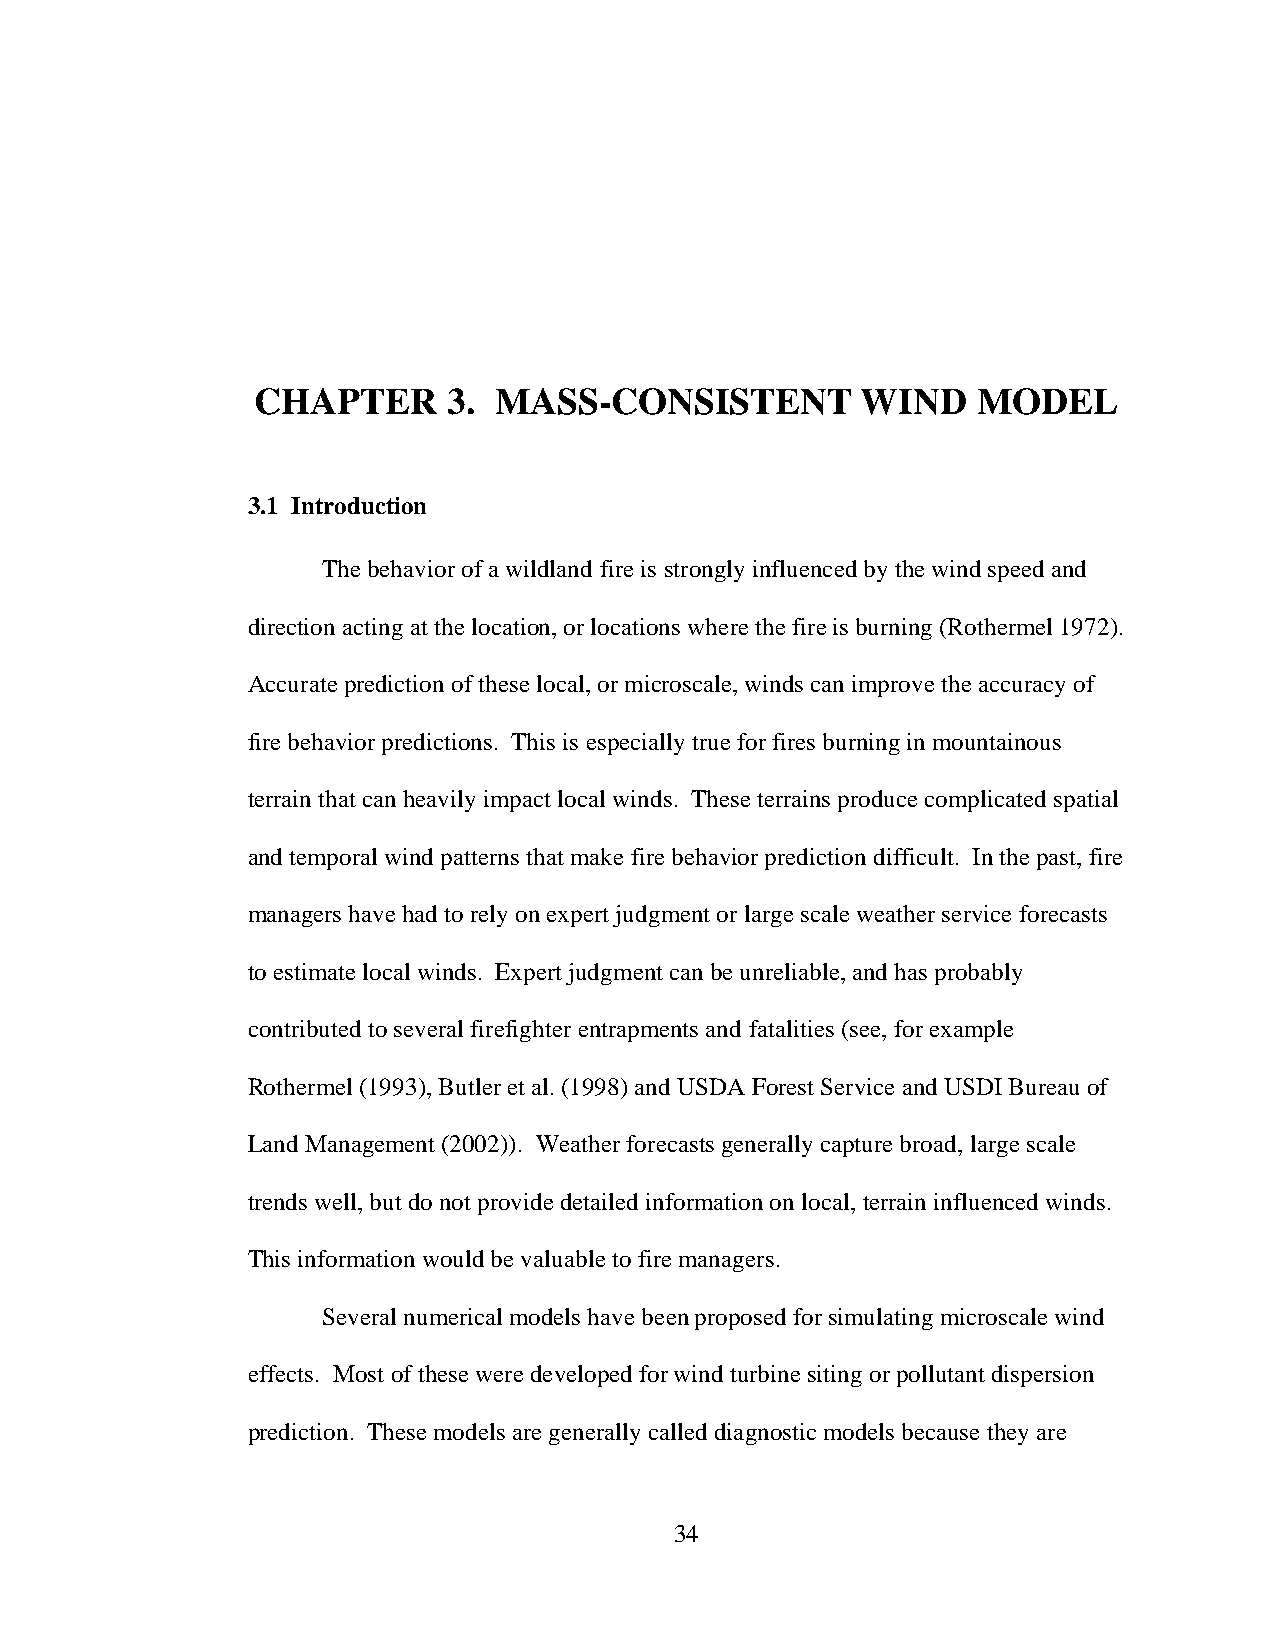
CHAPTER      3. MASS-CONSISTENT         WIND    MODEL
 3.1 Introduction
 The behavior of a wildland fire is strongly influenced by the wind speed and
 direction acting at the location, or locations where the fire is burning (Rothermel 1972).
 Accurate prediction of these local, or microscale, winds can improve the accuracy of
 fire behavior predictions. This is especially true for fires burning in mountainous
 terrain that can heavily impact local winds. These terrains produce complicated spatial
 and temporal wind patterns that make fire behavior prediction difficult. In the past, fire
 managers have had to rely on expert judgment or large scale weather service forecasts
 to estimate local winds. Expert judgment can be unreliable, and has probably
 contributed to several firefighter entrapments and fatalities (see, for example
 Rothermel (1993), Butler et al. (1998) and USDA Forest Service and USDI Bureau of
 Land Management (2002)). Weather forecasts generally capture broad, large scale
 trends well, but do not provide detailed information on local, terrain influenced winds.
 This information would be valuable to fire managers.
 Several numerical models have been proposed for simulating microscale wind
 effects. Most of these were developed for wind turbine siting or pollutant dispersion
 prediction. These models are generally called diagnostic models because they are
 34